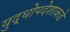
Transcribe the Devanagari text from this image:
युद्धोपदेशाकडे